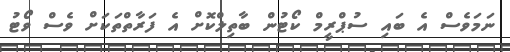
ނަމަވެސް އެ ބައި ސުޕްރީމް ކޯޓުން ބާތިލްކޮށް އެ ފަރާތްތަކަށް ވެސް ވޯޓު